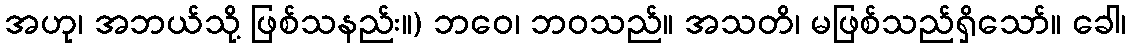
အဟု၊ အဘယ်သို့ ဖြစ်သနည်း။) ဘဝေ၊ ဘဝသည်။ အသတိ၊ မဖြစ်သည်ရှိသော်။ ခေါ၊